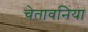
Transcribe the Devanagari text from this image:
चेतावनिया